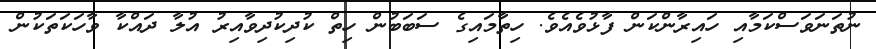
ނުތަނަވަސްކަމާއި ހައިރާންކަން ފާޅުވެއެވެ. ހިތާމައިގެ ސަބަބުން ހިތް ކުދިކުދިވާއިރު އުލާ ދައްކާ ވާހަކަތަކުން